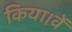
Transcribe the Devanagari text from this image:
किया।वें